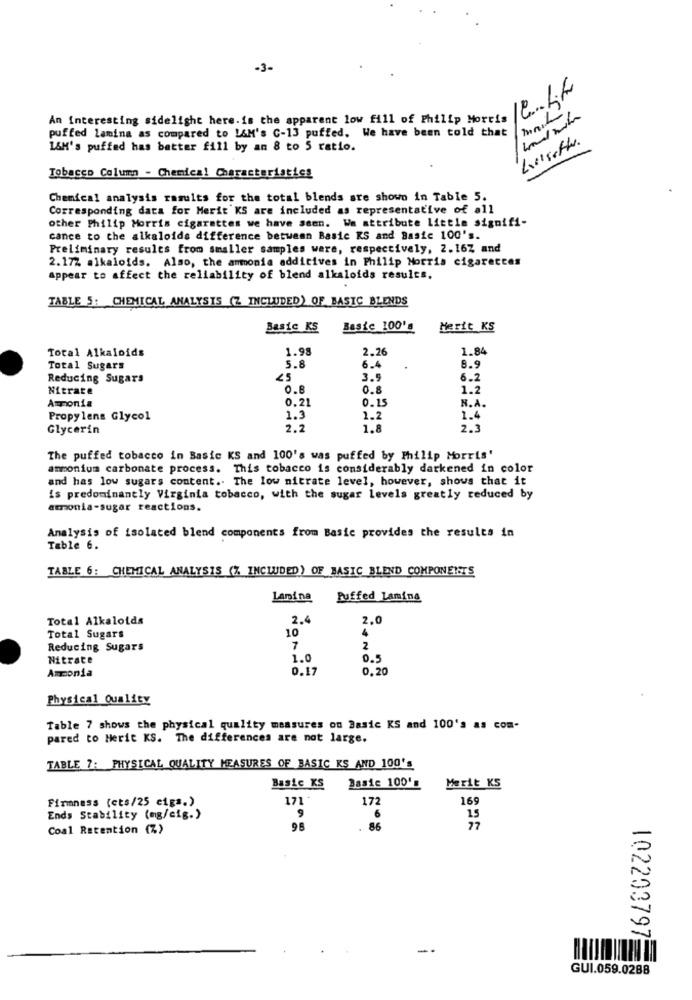
-3-
Confite
An interesting sidelight here.is the apparent low fill of Philip Morris
MAIL
puffed lamina as compared to L&M's C-13 puffed. We have been told that
1&M's puffed has batter fill by an 8 to 5 ratio.
Tobacco Column - Chemical Characteristics
Chemical analysis results for the total blends are shown in Table 5.
Corresponding data for Merit'KS are included as representative of all
other Philip Morris cigarettes we have seen. Wa attribute little signifi-
cance to the alkaloids difference between Basic RS and Basic 100's.
Preliminary results from smaller samples were, respectively, 2.16Z and
2.17% alkaloids. Also, the ammonia additives in Philip Morris cigarettes
appear to affect the reliability of blend alkaloids results.
TABLE 5: CHEMICAL ANALYSIS (Z INCLUDED) OF BASIC BLENDS
Basic KS
Beste 100's
Herit KS
Total Alkaloids
1.98
2.26
1.84
5.8
Total Sugars
6.4
8.9
Reducing Sugars
3.9
6.2
Nitrate
O.E
0.8
1.2
Ammonia
0,21
0.15
N.A.
Propylene Glycol
1.3
1.2
1.4
Glycerin
2.2
1.8
2.3
The puffed tobacco in Basic KS and 100's was puffed by Philip Morris'
ammonium carbonate process. This tobacco is considerably darkened in color
and has low sugars content .. The low nitrate level, however, shows that it
is predominantly Virginia tobacco, with the sugar levels greatly reduced by
amonia-sugar reactions.
Analysis of isolated blend components from Basic provides the results in
Table 6.
TABLE 6: CHEMICAL ANALYSIS (% INCLUDED) OF BASIC BLEND COMPONENTS
Lamina
Puffed Lamina
Total Alkaloids
2.4
2.0
10
4
Total Sugars
Reducing Sugars
7
2
Nitrate
1.0
0.5
Ammonia
0.17
0,20
Physical Quality
Table 7 shows the physical quality measures on Basic KS and 100's as com-
pared to Heric KS. The differences are not large.
TABLE 7: PHYSICAL QUALITY MEASURES OF BASIC KS AND 100's
Basic KS Basic 100's
Merit KS
Finness (cts/25 cigs.)
171*
172
169
Ends Stability (mg/cig.)
9
6
Coal Retention (%)
98
. 86
102203797
GUI.059.0288